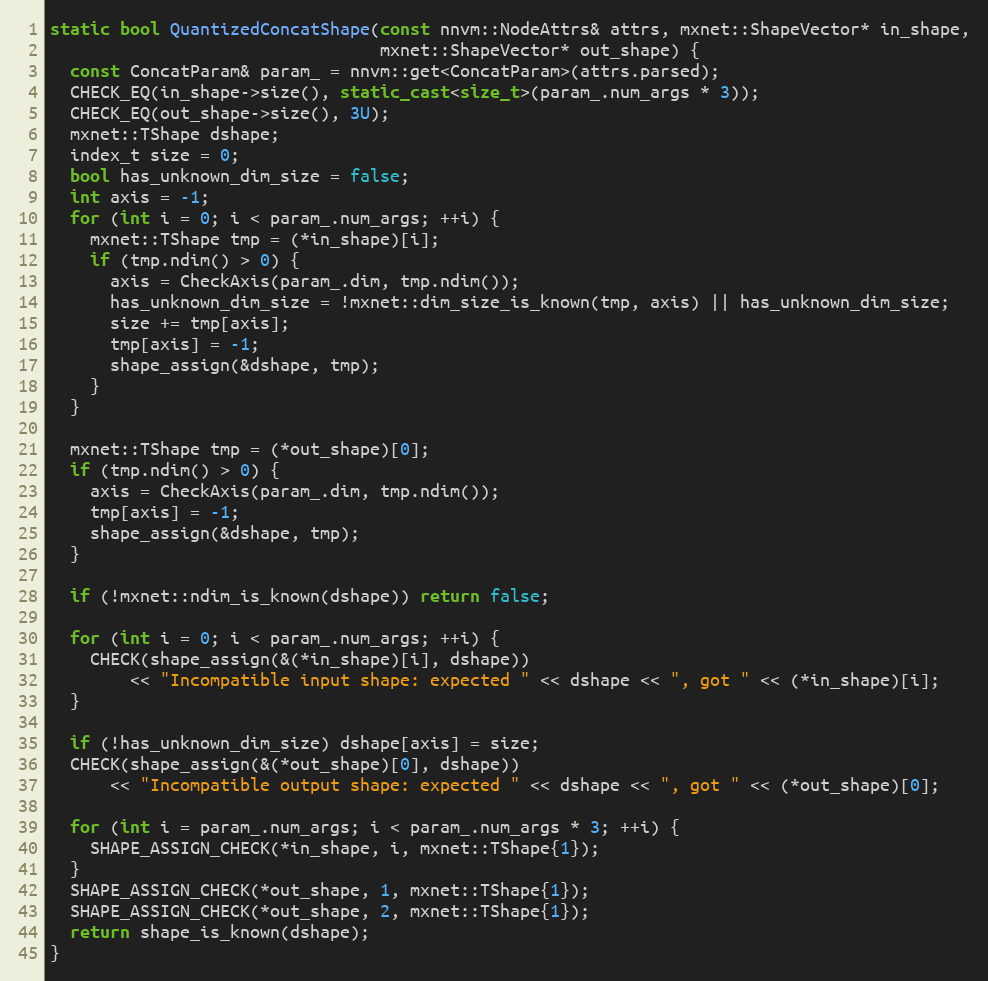
Language: C++
static bool QuantizedConcatShape(const nnvm::NodeAttrs& attrs, mxnet::ShapeVector* in_shape,
                                 mxnet::ShapeVector* out_shape) {
  const ConcatParam& param_ = nnvm::get<ConcatParam>(attrs.parsed);
  CHECK_EQ(in_shape->size(), static_cast<size_t>(param_.num_args * 3));
  CHECK_EQ(out_shape->size(), 3U);
  mxnet::TShape dshape;
  index_t size = 0;
  bool has_unknown_dim_size = false;
  int axis = -1;
  for (int i = 0; i < param_.num_args; ++i) {
    mxnet::TShape tmp = (*in_shape)[i];
    if (tmp.ndim() > 0) {
      axis = CheckAxis(param_.dim, tmp.ndim());
      has_unknown_dim_size = !mxnet::dim_size_is_known(tmp, axis) || has_unknown_dim_size;
      size += tmp[axis];
      tmp[axis] = -1;
      shape_assign(&dshape, tmp);
    }
  }

  mxnet::TShape tmp = (*out_shape)[0];
  if (tmp.ndim() > 0) {
    axis = CheckAxis(param_.dim, tmp.ndim());
    tmp[axis] = -1;
    shape_assign(&dshape, tmp);
  }

  if (!mxnet::ndim_is_known(dshape)) return false;

  for (int i = 0; i < param_.num_args; ++i) {
    CHECK(shape_assign(&(*in_shape)[i], dshape))
        << "Incompatible input shape: expected " << dshape << ", got " << (*in_shape)[i];
  }

  if (!has_unknown_dim_size) dshape[axis] = size;
  CHECK(shape_assign(&(*out_shape)[0], dshape))
      << "Incompatible output shape: expected " << dshape << ", got " << (*out_shape)[0];

  for (int i = param_.num_args; i < param_.num_args * 3; ++i) {
    SHAPE_ASSIGN_CHECK(*in_shape, i, mxnet::TShape{1});
  }
  SHAPE_ASSIGN_CHECK(*out_shape, 1, mxnet::TShape{1});
  SHAPE_ASSIGN_CHECK(*out_shape, 2, mxnet::TShape{1});
  return shape_is_known(dshape);
}